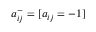
a _ { i j } ^ { - } = [ a _ { i j } = - 1 ]